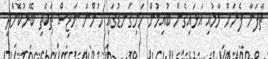
ތާފަނާ ފެނަށް މާމުއި އަޅައިގެން ބުއިމުން ހަށިގަނޑުގައި ހުންނަ ނަޖިސް ތަކެތި ބޭރުކޮށްދީ